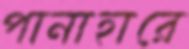
পানাহারে